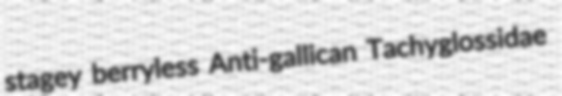
stagey berryless Anti-gallican Tachyglossidae